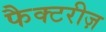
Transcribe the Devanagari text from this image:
फैक्टरीज़